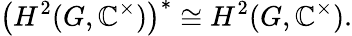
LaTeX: {\bigl(}H^{2}(G,\mathbb{C}^{\times}){\bigr)}^{*}\cong H^{2}(G,\mathbb{C}^{\times}).